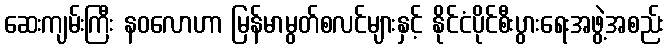
ဆေးကျမ်းကြီး နဝလောဟာ မြန်မာမွတ်စလင်များနှင့် နိုင်ငံပိုင်စီးပွားရေးအဖွဲ့အစည်း